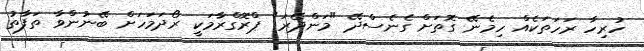
ހުރިހާ ރަހަތަކެއް ހިމެނޭ ގޮތަށް ގެނެސްދޭ "މަންދޭރަ" ޕްރޮގްރާމަކީ ރޯދަމަހަށް ބޭނުންވާ ތަފާތު